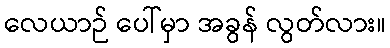
လေယာဉ် ပေါ်မှာ အခွန် လွတ်လား။